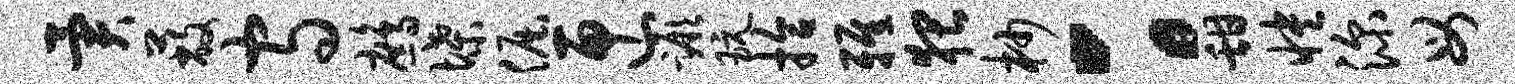
异蔽守鹧堞倔匣蹶玩拾雅猥杪：甜怏深母